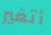
أتغير